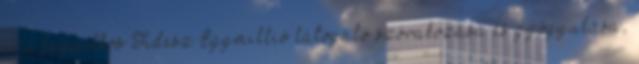
és a fagyilkos Fidesz Egymillió látogató szórakozása és gyógyulása,